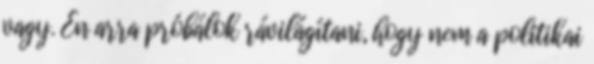
vagy. Én arra próbálok rávilágítani, hogy nem a politikai